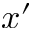
x ^ { \prime }